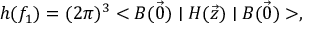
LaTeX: h ( f _ { 1 } ) = ( 2 \pi ) ^ { 3 } < B ( \vec { 0 } ) \mid { \cal H } ( \vec { z } ) \mid B ( \vec { 0 } ) > ,